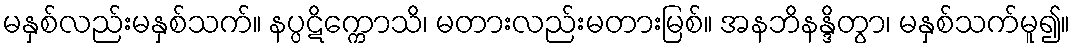
မနှစ်လည်းမနှစ်သက်။ နပ္ပဋိက္ကောသိ၊ မတားလည်းမတားမြစ်။ အနဘိနန္ဒိတွာ၊ မနှစ်သက်မူ၍။